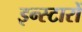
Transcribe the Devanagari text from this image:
इन्स्टारों